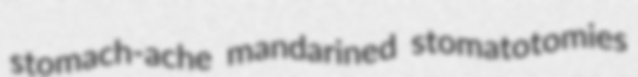
stomach-ache mandarined stomatotomies